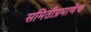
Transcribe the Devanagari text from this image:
समितीप्रमाणेच